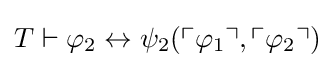
T\vdash \varphi _{2}\leftrightarrow \psi _{2}(\ulcorner \varphi _{1}\urcorner ,\ulcorner \varphi _{2}\urcorner )